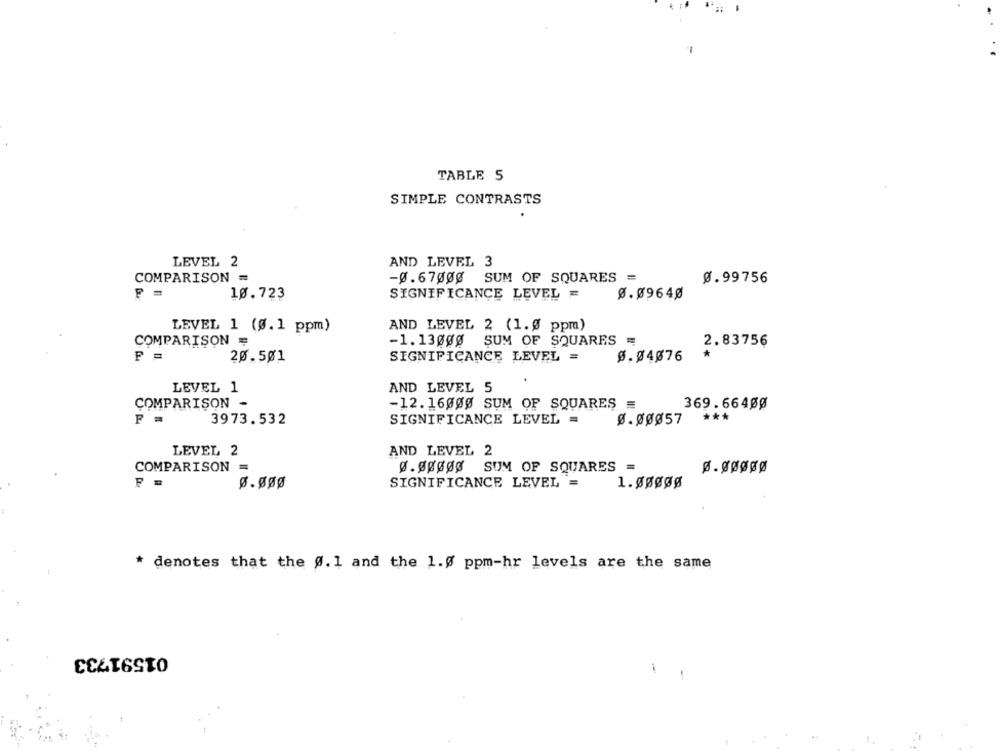
TABLE 5
SIMPLE CONTRASTS
LEVEL 2
AND LEVEL 3
-0.67000 SUM OF SQUARES =
COMPARISON =
8.99756
10.723
SIGNIFICANCE LEVEL =
Ø.09640
LEVEL 1 (0.1 ppm)
AND LEVEL 2 (1.0 ppm)
COMPARISON =
-1. 13000 SUM OF SQUARES =
2.83756
*
P =
20.501
SIGNIFICANCE LEVEL =
8.04076
LEVEL 1
AND LEVEL 5
COMPARISON -
-12. 16000 SUM OF SQUARES =
369.66400
F
3973.532
SIGNIFICANCE LEVEL =
0.00057
***
LEVEL 2
AND LEVEL 2
COMPARISON
0.00003 SUM OF SQUARES =
ø.øøø
SIGNIFICANCE LEVEL =
1.ggggg
* denotes that the #.1 and the 1.0 ppm-hr levels are the same
01591733
-
1 .